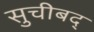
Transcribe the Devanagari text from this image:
सुचीबद्